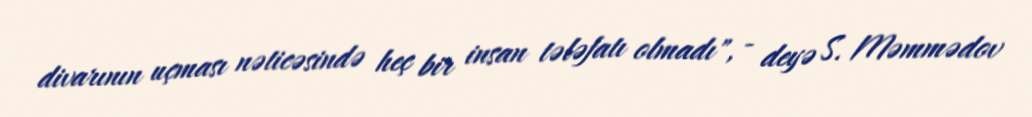
divarının uçması nəticəsində heç bir insan tələfatı olmadı", - deyə S. Məmmədov